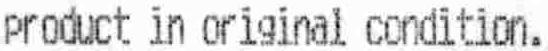
PRODUCT IN ORIGINAL CONDITION.